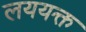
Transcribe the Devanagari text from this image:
लययक्त